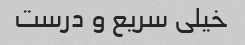
خیلی سریع و درست